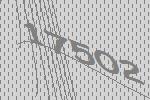
17502